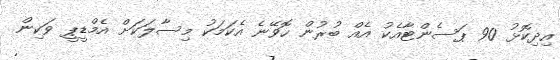
އިދިކޮޅު 90 ޕަސެންޓާއެކު އެއް ބުރުން ހޮވޭނެ އެކަމަކު މިސާލަކަށް އެމްޑީޕީ ވަކިން